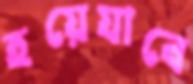
হয়েযাবে